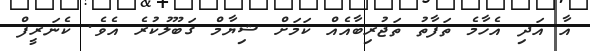
އާ އަދި އެހާމެ ތަފާތު ތަޖުރިބާއެއް ކަމަށް ޝިޔާމް ގަބޫލުކުރެ އެވެ. ކެނަރީފް